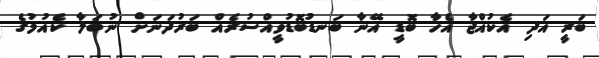
ބަރީ އަދި އެކުއްޖާ އެހާ ބޮޑީ އޭނާ ބަނޑުބޮޑުވީއްސުރެއް ބަރުދަނަށް ނުބަލާ ކެއުމުގެ